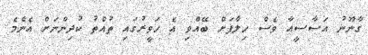
ގާނޫނު އަސާސީއާ ވެސް ހިލާފަށް ބޭއްވި އެ ހަވީރުގައި ތުއްތު ކުދިންނަށް އެންމެ